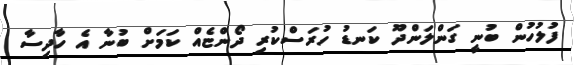
ފުލުހުން ބުނީ ގަންލަންދޫ ކަނޑު ހުރަސްކުރި ދޯންޏެއް ކަމަށް ބުނާ އެ ހާދިސާ